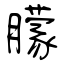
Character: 朦